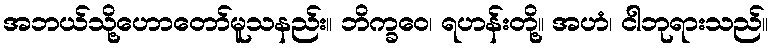
အဘယ်သို့ဟောတော်မူသနည်း။ ဘိက္ခဝေ၊ ရဟန်းတို့။ အဟံ၊ ငါဘုရားသည်။